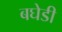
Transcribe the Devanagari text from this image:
बघेडी